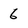
Character: 6